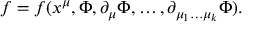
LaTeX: f = f ( x ^ { \mu } , \Phi , \partial _ { \mu } \Phi , \ldots , \partial _ { { \mu _ { 1 } } \ldots { \mu _ { k } } } \Phi ) .